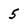
Character: 5